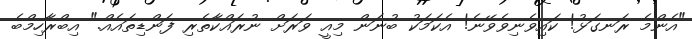
"އެންމެ ރަނގަޅު! ކައިވެނިވެވޭނެ! އެކަމަކު ބުނަން މިއީ ވަރަށް ނުރައްކާތެރި ފަންޑިތައެއް." އިބްރާހިމްބެ